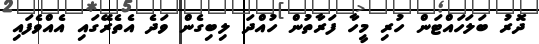
ދޮރު ބަލަހައްޓަން ހުރި މީހާ ފަރާތުން ހުއްދަ ލިބިގެން ވަދެ އެތެރޭގައި އެއްވެފައި